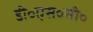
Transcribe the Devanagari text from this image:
डी॰एस॰सी॰